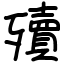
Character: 殰